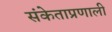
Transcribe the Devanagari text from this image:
संकेताप्रणाली